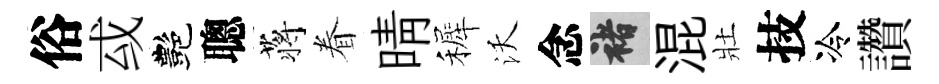
俗㦯艷聰蒋眷晴裤沃念褚混壯技冷讚